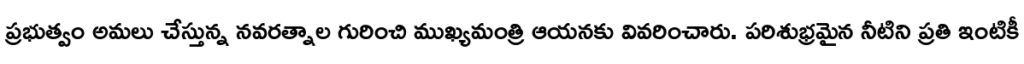
ప్రభుత్వం అమలు చేస్తున్న నవరత్నాల గురించి ముఖ్యమంత్రి ఆయనకు వివరించారు. పరిశుభ్రమైన నీటిని ప్రతి ఇంటికీ